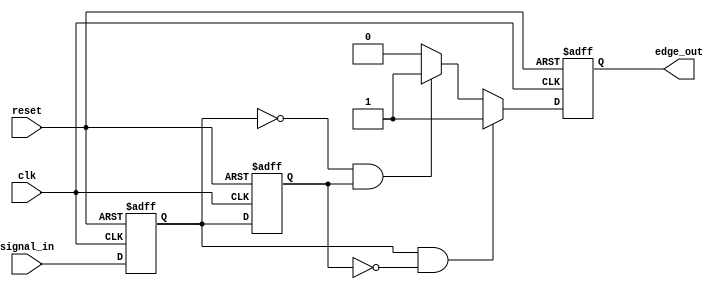
module SchmittTriggerEdgeDetector (
    input wire clk,          // Clock signal
    input wire reset,        // Asynchronous reset signal
    input wire signal_in,    // Input signal to detect edges
    output reg edge_out      // Output pulse for detected edges
);

    // State registers
    reg previous_state;      // Previous state flip-flop (PSFF)
    reg current_state;       // Current state flip-flop (CSFF)

    // Edge detection logic
    always @(posedge clk or posedge reset) begin
        if (reset) begin
            // Initialize states on reset
            previous_state <= 1'b0;
            current_state <= 1'b0;
            edge_out <= 1'b0;
        end else begin
            // Sample the current state
            previous_state <= current_state; // Update previous state
            current_state <= signal_in;       // Update current state

            // Edge detection
            if (current_state && !previous_state) begin
                // Rising edge detected
                edge_out <= 1'b1; // Generate pulse for rising edge
            end else if (!current_state && previous_state) begin
                // Falling edge detected
                edge_out <= 1'b1; // Generate pulse for falling edge
            end else begin
                edge_out <= 1'b0; // No edge detected
            end
        end
    end

endmodule